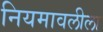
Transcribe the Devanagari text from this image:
नियमावलीला